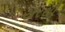
યરથી